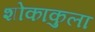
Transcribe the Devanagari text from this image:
शोकाकुला